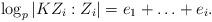
LaTeX: \begin{align*} \log_p \vert K Z_ i :Z_i \rvert = e_1+\ldots+e_i. \end{align*}